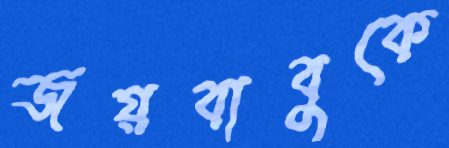
জয়বাবুকে